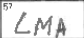
Transcription: LMA